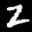
Label: 2